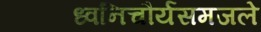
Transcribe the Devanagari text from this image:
ध्वनिचौर्यसमजले